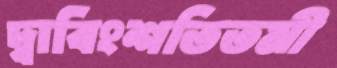
দ্বাবিংশতিতমী